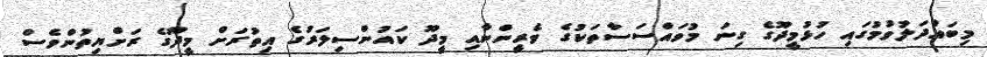
މިބައްދަލުވުމުގައި ހުޅުމީދޫގެ ގިނަ މުވައްސަސާތަކުގެ ވެރީންނާއި މީދޫ ކައުންސިލަރުގެ އިތުރަށް މީދޫގެ ރަށްޔިތުންވެސް